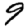
Digit: 9